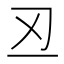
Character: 丒